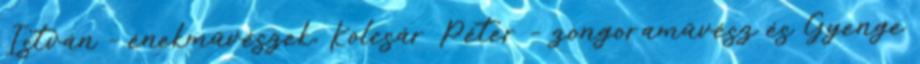
István – énekművészek, Kolcsár Péter – zongoraművész és Gyenge